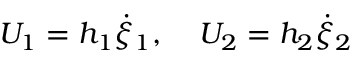
U _ { 1 } = h _ { 1 } \dot { \xi } _ { 1 } , \; \; \; \; U _ { 2 } = h _ { 2 } \dot { \xi } _ { 2 }